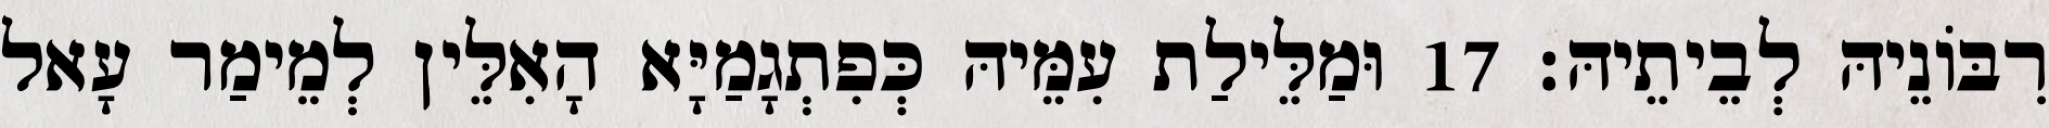
רִבּוֹנֵיהּ לְבֵיתֵיהּ׃ 17 וּמַלֵּילַת עִמֵּיהּ כְּפִתְגָמַיָּא הָאִלֵּין לְמֵימַר עָאל